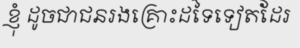
ខ្ញុំ ដូចជាជនរងគ្រោះដទៃទៀតដែរ